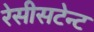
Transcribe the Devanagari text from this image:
रेसीसटेन्ट